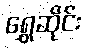
ရွှေဆိုင်း